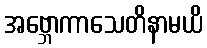
အဗ္ဘောကာသေတိနာမယိ